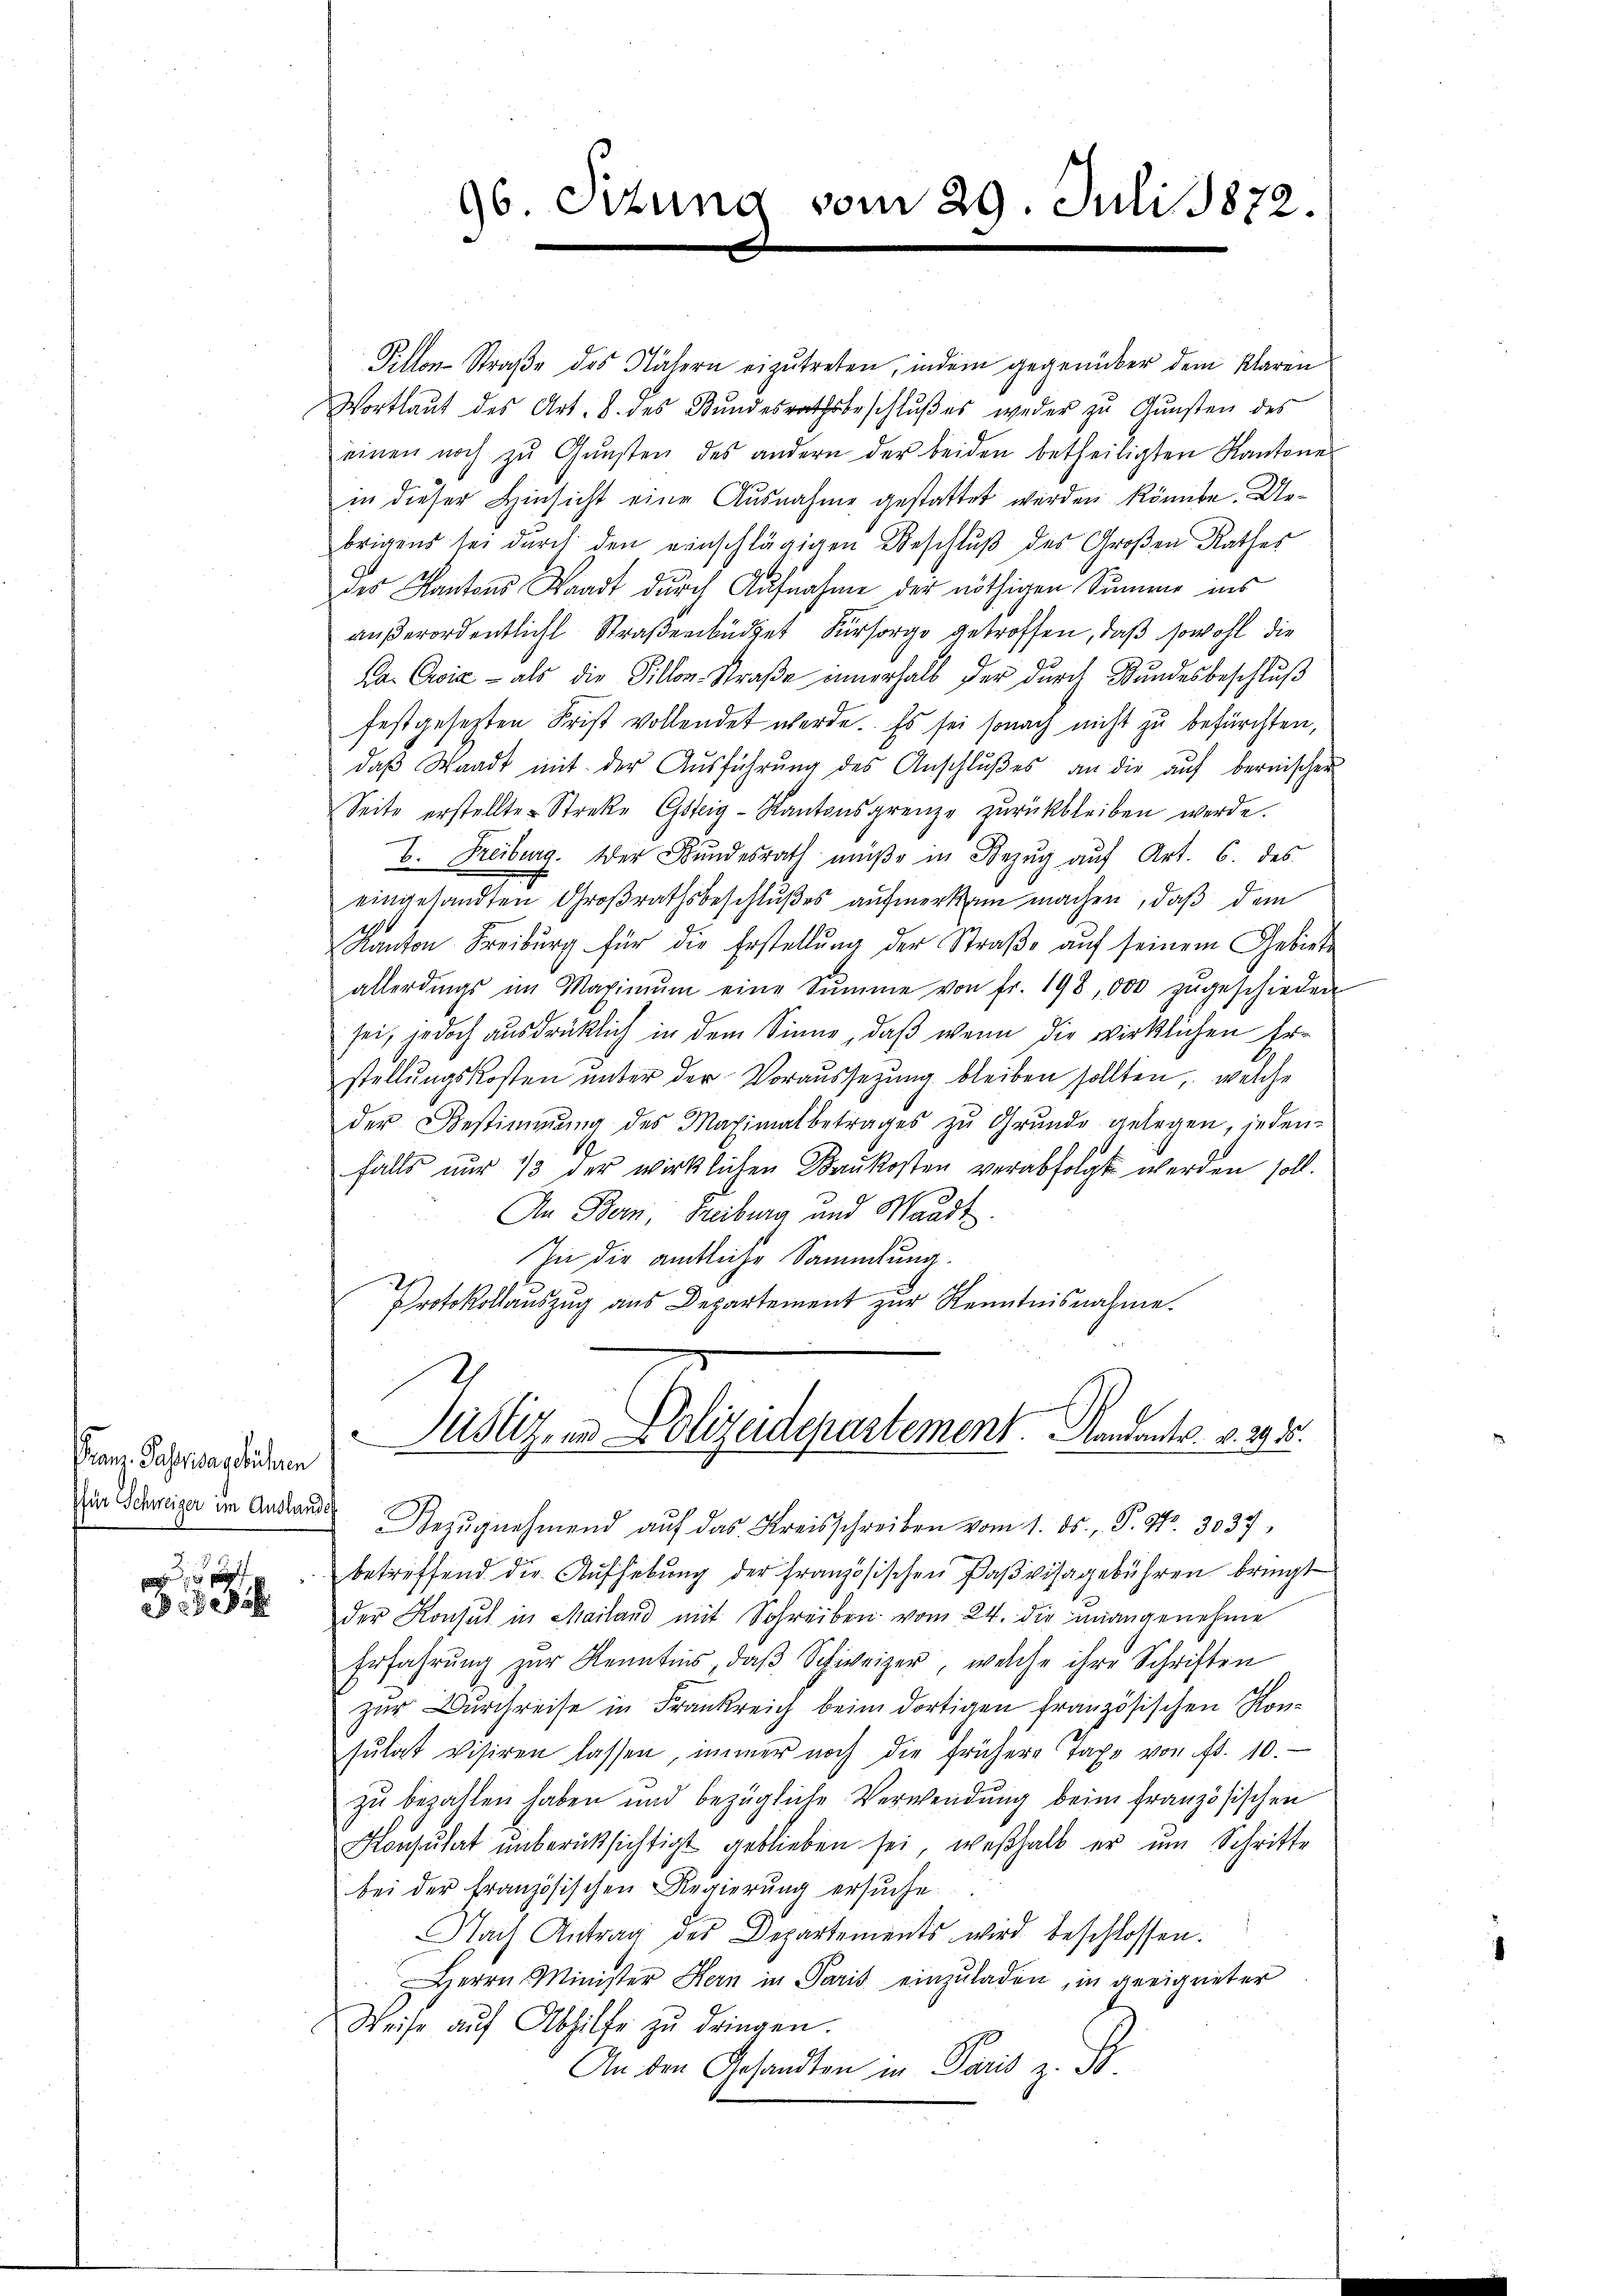
Franz Passivagebühren

p p

96. Situng vom 29. Juli 1872.

Pillon-Straße des Nähern eizutreten, indem gegenüber dem Klaren
Wortlaut des Art. 8. des Bŭndesrathsbeschlŭβ es weder zŭ Gŭnsten des
einen noch zŭ Gŭnsten des andern der beiden betheiligten Kantone
in dieser Hinsicht eine Ausnahme gestattet werden könnte. Uebrigens sei durch den einschlägigen Beschluß des Großen Rathes
des Kantons Waadt durch Aufnahme der nöthigen Summe ins
aŭβerordentlicht Straßenbüdget Fürsorge getroffen, daß sowohl die
Pa. Cie - als die Fillon-Straβe innerhalb der dŭrch Bŭndesbeschlŭβ
festgesetzten Frist vollendet werde. Es sei sonach nicht zu befürchten,
daβ Waadt mit der Aŭsführŭng des Anschlŭβes an die aŭf bernischer
Seite erstellte Streke Gsteig-Kantonsgrenze zŭrückbleiben werde.
b. Freiburg. Der Bundesrath müße in Bezug auf Art. 6. des
eingesandten Großrathsbeschlußes aufmerkann machen, daß dem
1
Kanton Freiburg für die Erstellŭng der Straβe aŭf seinem Gebiete
allerdings im Maximŭm eine Summe von fr. 198, 000 zŭgeschieden
sei, jedoch ausdrüklich in dem Sinne, daß wenn die wirklichen Erstellungskosten unter der Voraussetzung bleiben sollten, welche
der Bestimmung des Maximalbetrages zu Grunde gelegen, inden-
falls nur 13 der wirklichen Baukosten verabfolgt werden soll.
An Bern, Freiburg und Waadt.
In die amtliche Sammlung.
Protokollauszug aus Departement zur Kenntnisnahme.
Justiz, in Polizeidepartement. Mandants. v. 292.
Der Schweiger im Anstand Bezugnehmend auf das Kreisschreiben vom 1. ds. v. P. Nr. 3037
betreffend die Aufhebung der französischen Paβvisagebühren bringt
der Konsul in Mailand mit Schreiben vom 24. die unangenehme
Erfahrŭng zŭr Kenntnis, daβ Schweizer, welche ihre Schriften
zur Durchreise in Frankreich beim dortigen französischen Konsŭtat visiren lassen, immer noch die frühere Taxe von fr. 10.
zu bezahlen haben und bezügliche Verwendung beim französischen
Konsulat unberücksichtigt geblieben sei, weßhalb er um Schritte
bei der Französischen Regierung ersuche.
Nach Antrag des Departements wird beschlossen.
Herrn Minister Hern in Paris einzuladen, in geeigneter
Weise aŭf Abhilfe zŭ dringen.
An den Gesandten in Paris z. B.